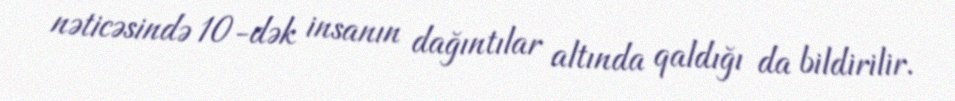
nəticəsində 10-dək insanın dağıntılar altında qaldığı da bildirilir.